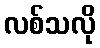
လစ်သလို